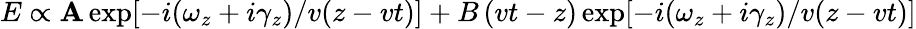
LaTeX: E\propto\mathbf{A}\exp[-i(\omega_{z}+i\gamma_{z})/v(z-vt)]+B\left(vt-z\right)\exp[-i(\omega_{z}+i\gamma_{z})/v(z-vt)]